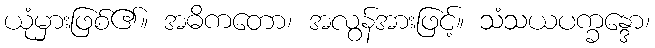
ယုံမှားဖြစ်၏။ အဓိကတော၊ အလွန်အားဖြင့်။ သံသယပက္ခန္ဒော၊